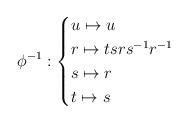
LaTeX: \begin{align*} \phi^{-1} : \begin{cases} u \mapsto u \\ r \mapsto tsrs^{-1}r^{-1} \\ s \mapsto r \\ t \mapsto s \end{cases}\end{align*}